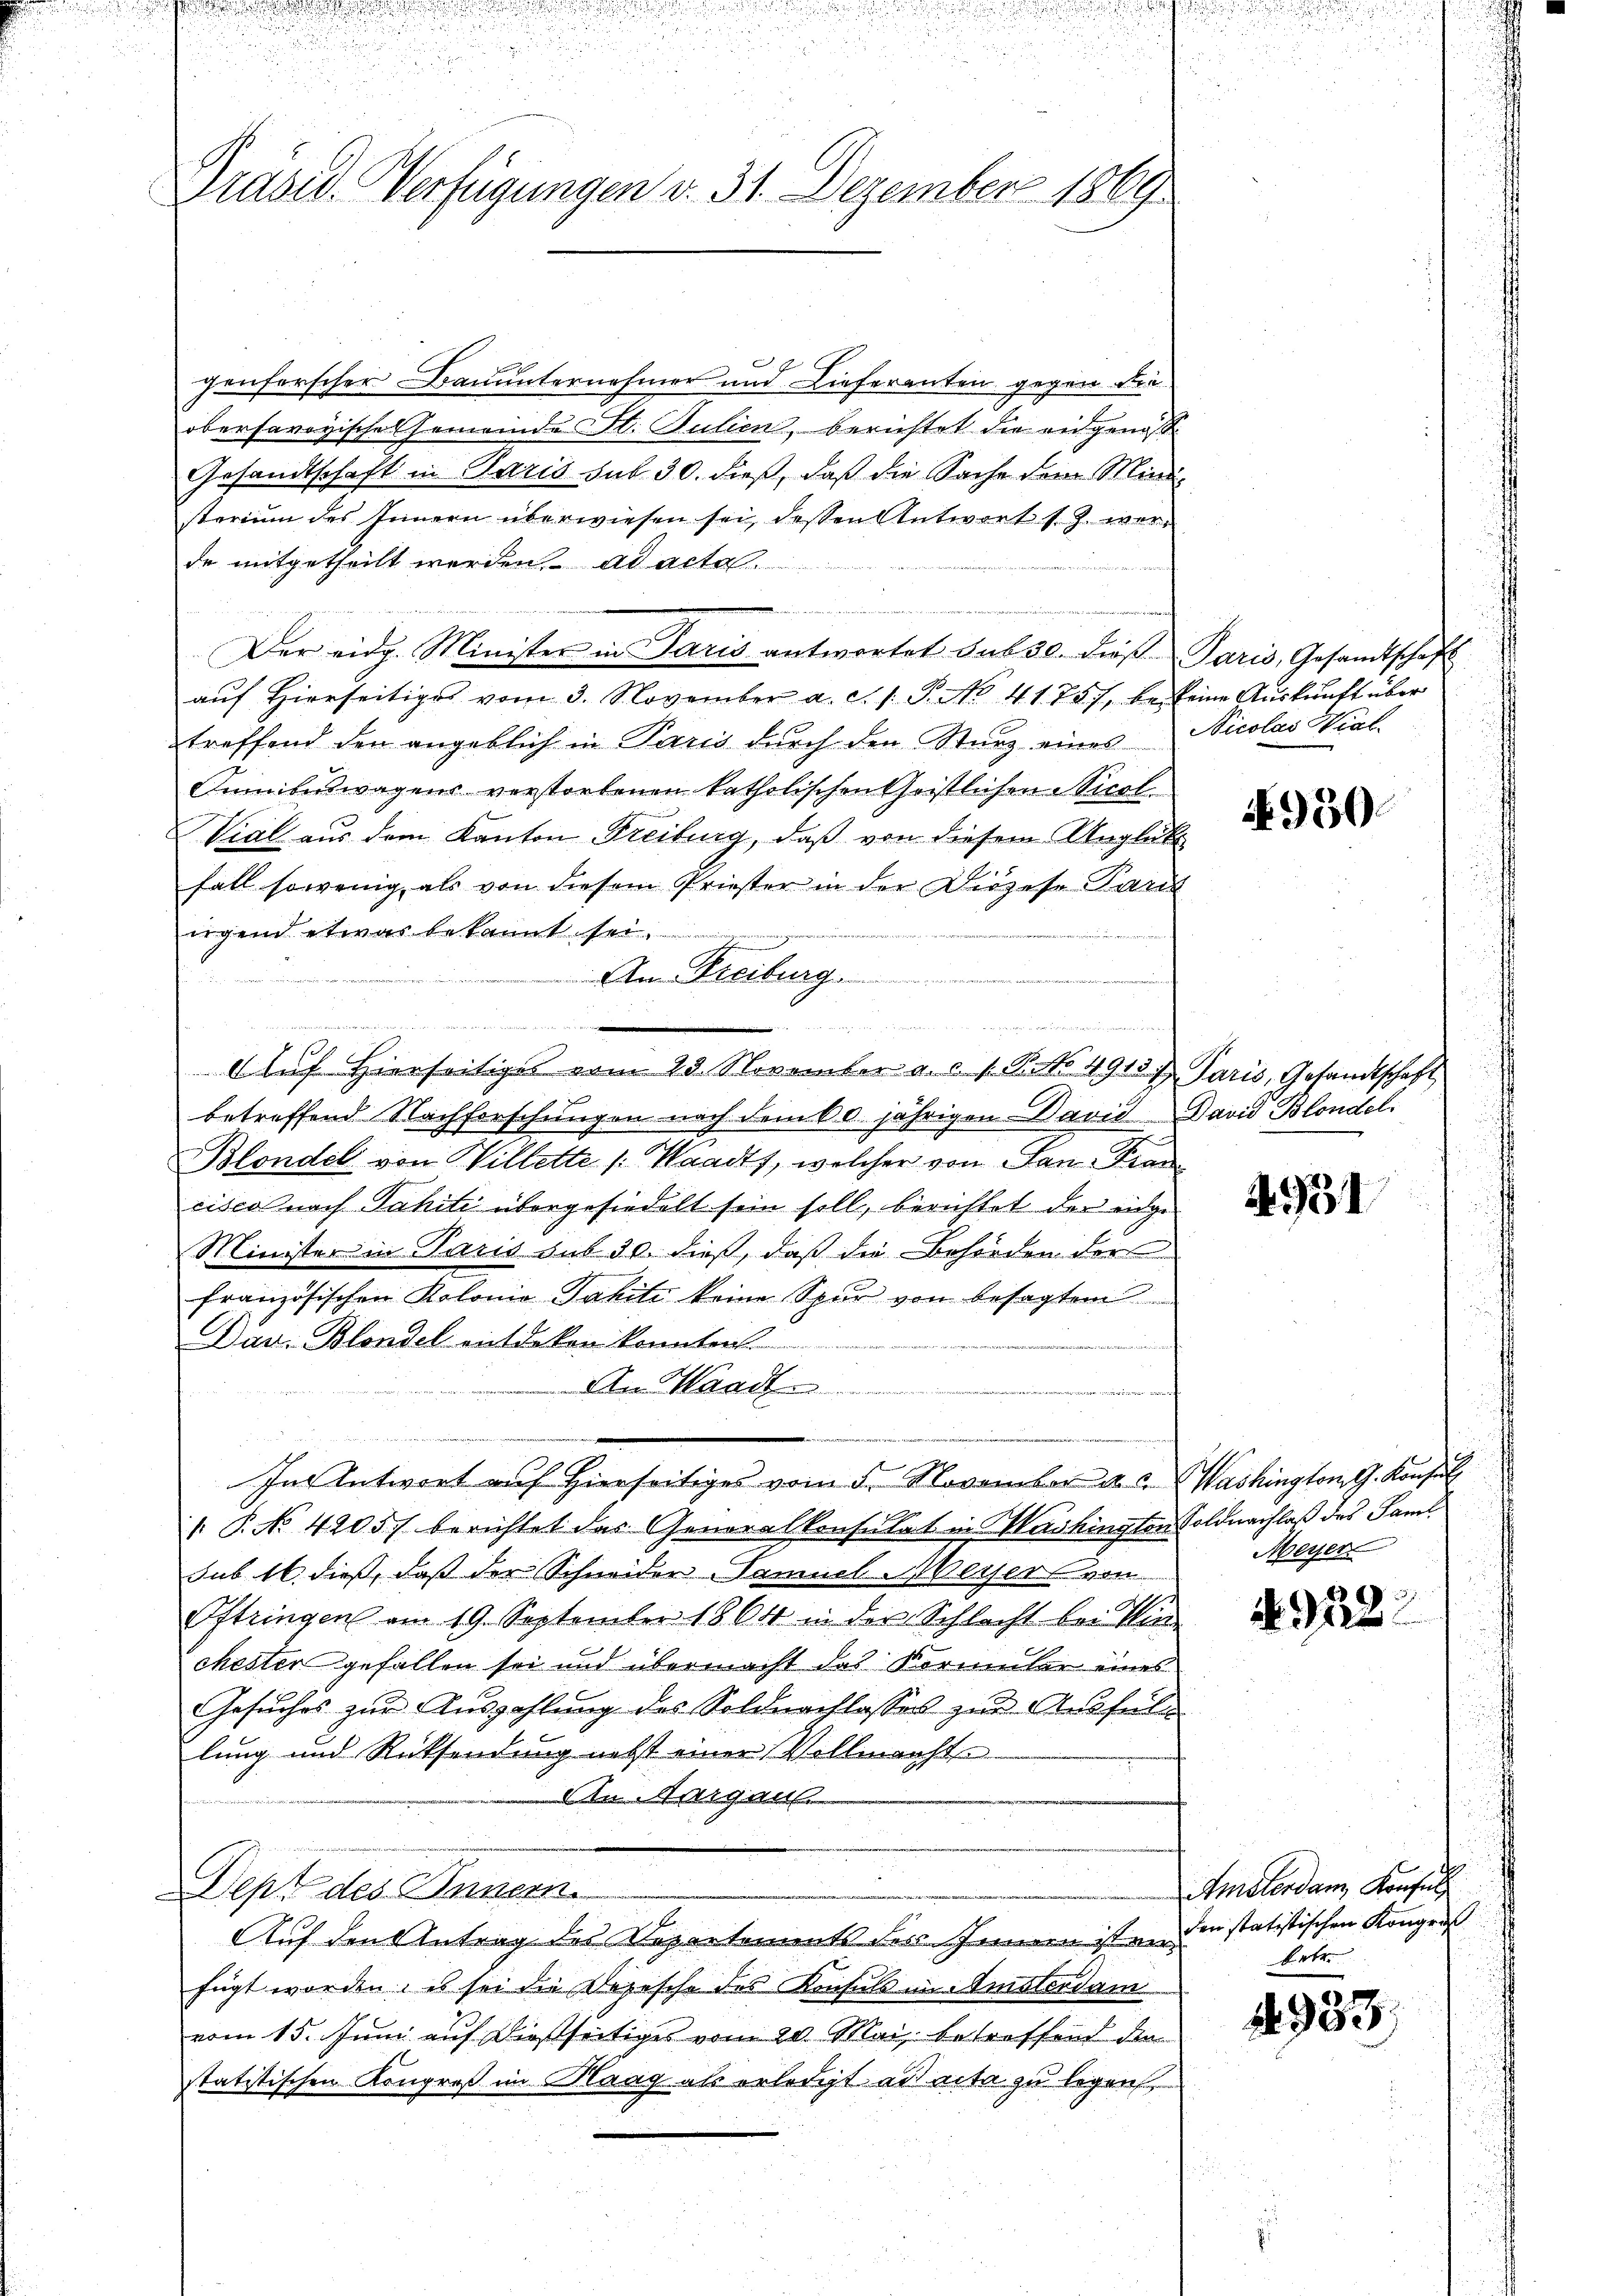
Präsid. Verfügungen v. 31. Dezember 1869

6
genferscher Bauunternehmer und Lieferanten gegen der
obersavoyische Gemeinde St. Julien, berichtet die angenoß
Gesandtschaft in Paris sub 30. dieß, daß die Sache dem Mindsterium des Innern überwiesen sei, dessen Antwort s. Z. werde mitgetheilt werden. ad acta
Der eidg. Minister in Paris antwortet sub 30. dieß Paris, Gesamtschaft
aŭf hierseitiges vom 3. November a. c. s. P. No 4175/ be keine Aŭskŭnft über
treffend den angeblich in Paris durch den Sturz eines Nicolas Hiel-
Omnibuswagens verstorbenen katholischen Geistlichen Nicol
Vial aus dem Kanton Freiburg, daß von diesem Unglük
fall sowenig als von diesem Priester in der Diözese Paris
iigend etwas bekannt sei.
Am Freiburg.
e
 enge nun gern nun auch
Aluf Hierseitige vom 23. November a. c. s. B. No 4915 f Paris, Gesandtschaft
betreffend Nachforschungen nach dem 60. jährigen David David Blondel
Blondel von Willette [: Waadt, welcher von Pan-Tran
cisco nach Jahiti übergesiedelt sein soll, berichtet der einge
Minister in Paris sub 30. dieß, daß die Behörden der
französischen Kolonio Jahitz keine Spur von besagtem
Dau. Blandel entdeken konnten.
An Waadt.
e
In Antwort auf Hierseitiges vom 5. November d. d. Washington G. Konsul
 P. No 4205) berichtet das Generalkonsulat in Washingten Soldnachlaß des Saml
sub 16. dieß, daß der Schneider Tamuel Weiser von
Oftringen am 19. September 1864 in der Schlacht bei Win
chester gefallen sei und übermacht das Kormeler eines
Gesuches zur Auszahlung des Soldnachlasses zu Abfüllung und Rücksendung nebst einer Vollmachte
An Aargau.
Dept des Innern.
Auf den Antrag des Repartements des Innen ist eifügt worden; es sei die Depesche des Konsuls in Amsterdam
vom 15. Juni auf dießseitiges vom 20. Mai, betreffend den
statitischen Kongreß im Haag als erledigt ad acta zu legen

950.

4931

Meyer

2
4922

Amsterdam Konsul
den statistischen Kongrus
betr.

No. 933.